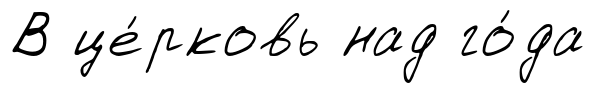
В це́рковь над го́да